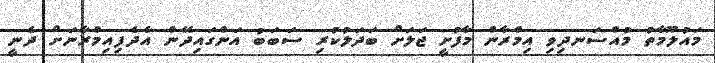
މައުލޫމާތު މުއްސަނދިވި އިމްރާން މާފުށީ ޖަލަށް ބަދަލުކުރި ސަބަބު އަންގައިދޭން އެދެފިއިމްރާނަށް ދެނީ